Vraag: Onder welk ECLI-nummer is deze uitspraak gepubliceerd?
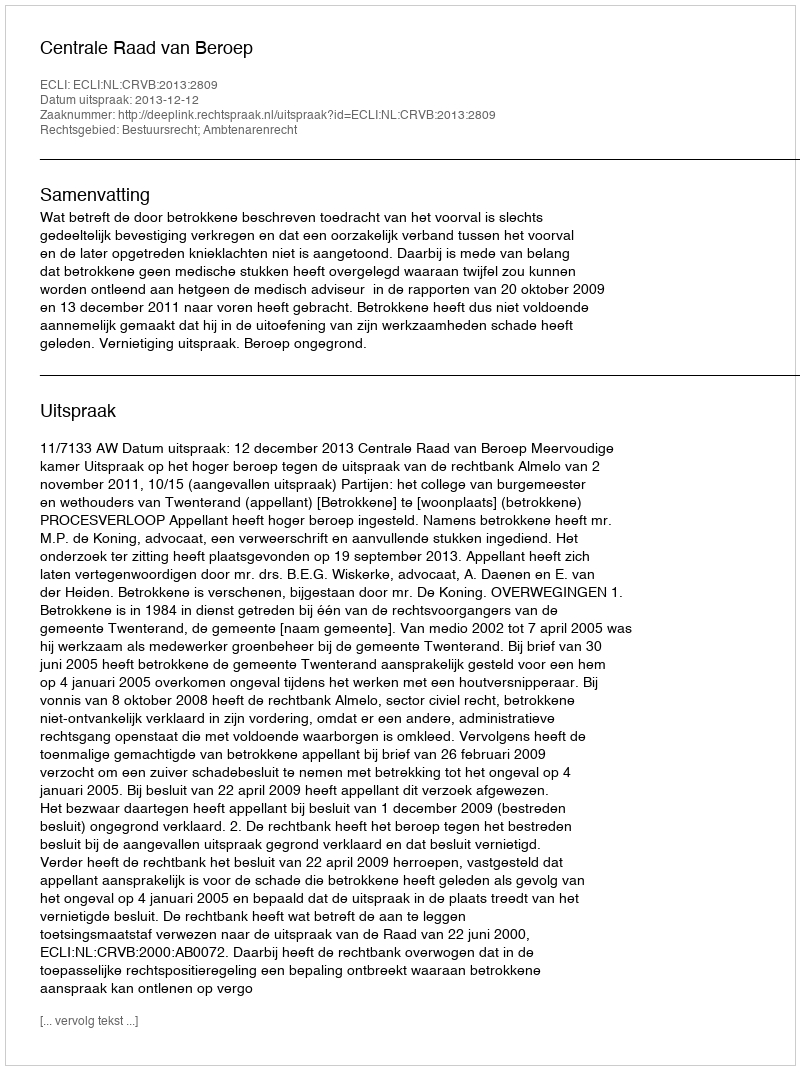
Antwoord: ECLI:NL:CRVB:2013:2809